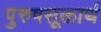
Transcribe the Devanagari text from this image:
पुरुषसूक्तार्थ